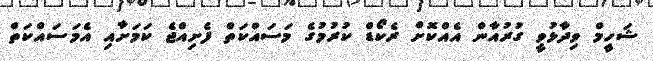
ޝަހީމް ވިދާޅުވީ ގުރުއާން އެއްކޮށް ރެކޯޑް ކުރުމުގެ މަސައްކަތް ފެށިއްޖެ ކަަމަށާއި އެމަސައްކަތް